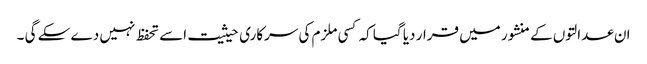
ان عدالتوں کے منشور میں قرار دیا گیا کہ کسی ملزم کی سرکاری حیثیت اسے تحفظ نہیں دے سکے گی ۔